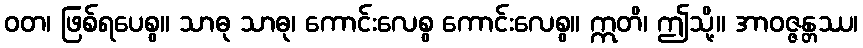
ဝတ၊ ဖြစ်ရပေစွ။ သာဓု သာဓု၊ ကောင်းလေစွ ကောင်းလေစွ။ ဣတိ၊ ဤသို့။ အာဝဇ္ဇန္တဿ၊